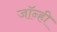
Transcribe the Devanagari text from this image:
जॉन्ही